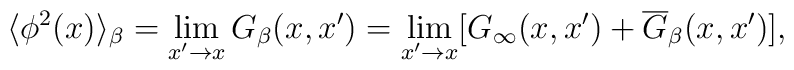
\langle\phi^2(x)\rangle_{\beta}=\lim_{x'\rightarrow x}G_{\beta}(x,x')=\lim_{x'\rightarrow x}[G_{\infty}(x,x')+\overline{G}_{\beta}(x,x')],